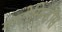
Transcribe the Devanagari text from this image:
माटोसिन्हॉस